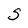
Character: S